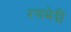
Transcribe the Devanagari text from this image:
रणभेदी